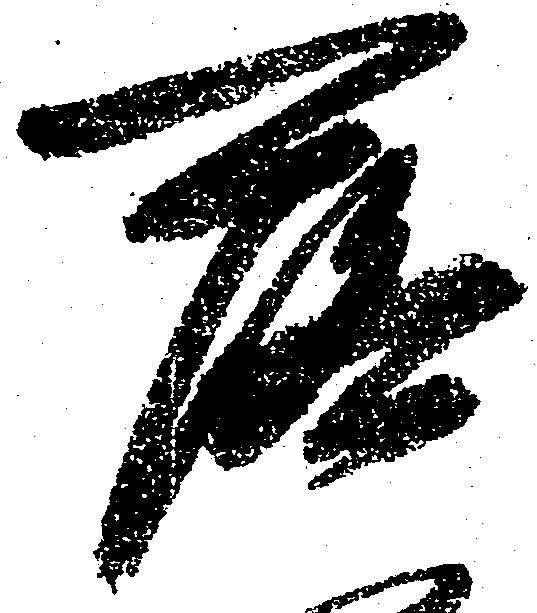
落